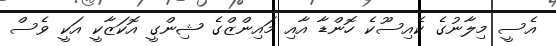
އެސީ މިލާނުގެ ކެއިސޫކެ ހޮންޑާ އާއި މައިންޒްގެ ޝިންގީ އޮކަޒާކީ އަކީ ވެސް